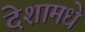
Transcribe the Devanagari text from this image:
देशामधे